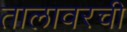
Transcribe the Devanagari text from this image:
तालावरची